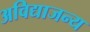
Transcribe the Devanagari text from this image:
अविद्याजन्य